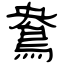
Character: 鴦